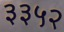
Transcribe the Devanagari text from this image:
३३५२